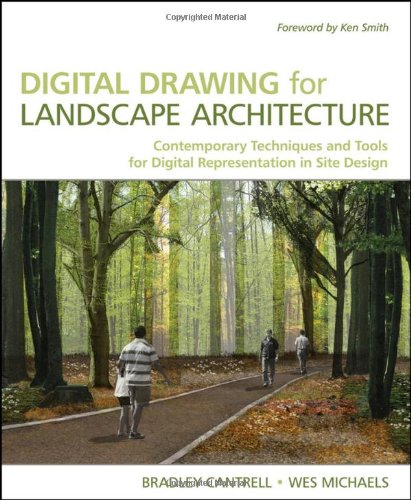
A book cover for Digital Drawing for Landscape Architecture: Contemporary Techniques and Tools for Digital Representation in Site Design; Bradley Cantrell; Medical Books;